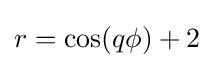
r=\cos(q\phi )+2